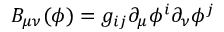
B _ { \mu \nu } ( \phi ) = g _ { i j } \partial _ { \mu } \phi ^ { i } \partial _ { \nu } \phi ^ { j }